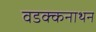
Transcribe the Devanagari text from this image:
वडक्कनाथन